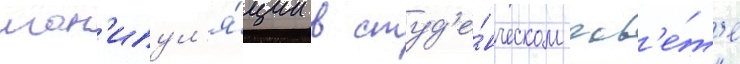
ман'ипул'я́ции в студ'е́нческом сов'е́т'е